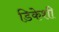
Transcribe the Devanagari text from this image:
डिकेशी